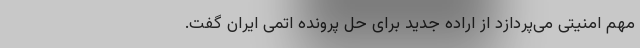
مهم امنیتی می‌پردازد از اراده جدید برای حل پرونده اتمی ایران گفت.